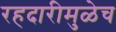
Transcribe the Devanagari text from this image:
रहदारीमुळेच